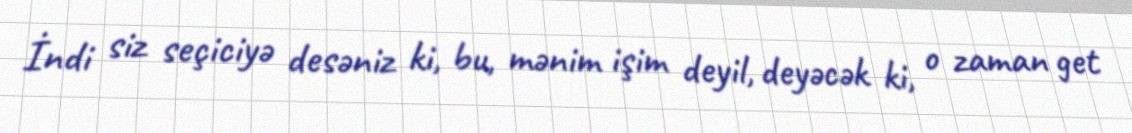
İndi siz seçiciyə desəniz ki, bu, mənim işim deyil, deyəcək ki, o zaman get